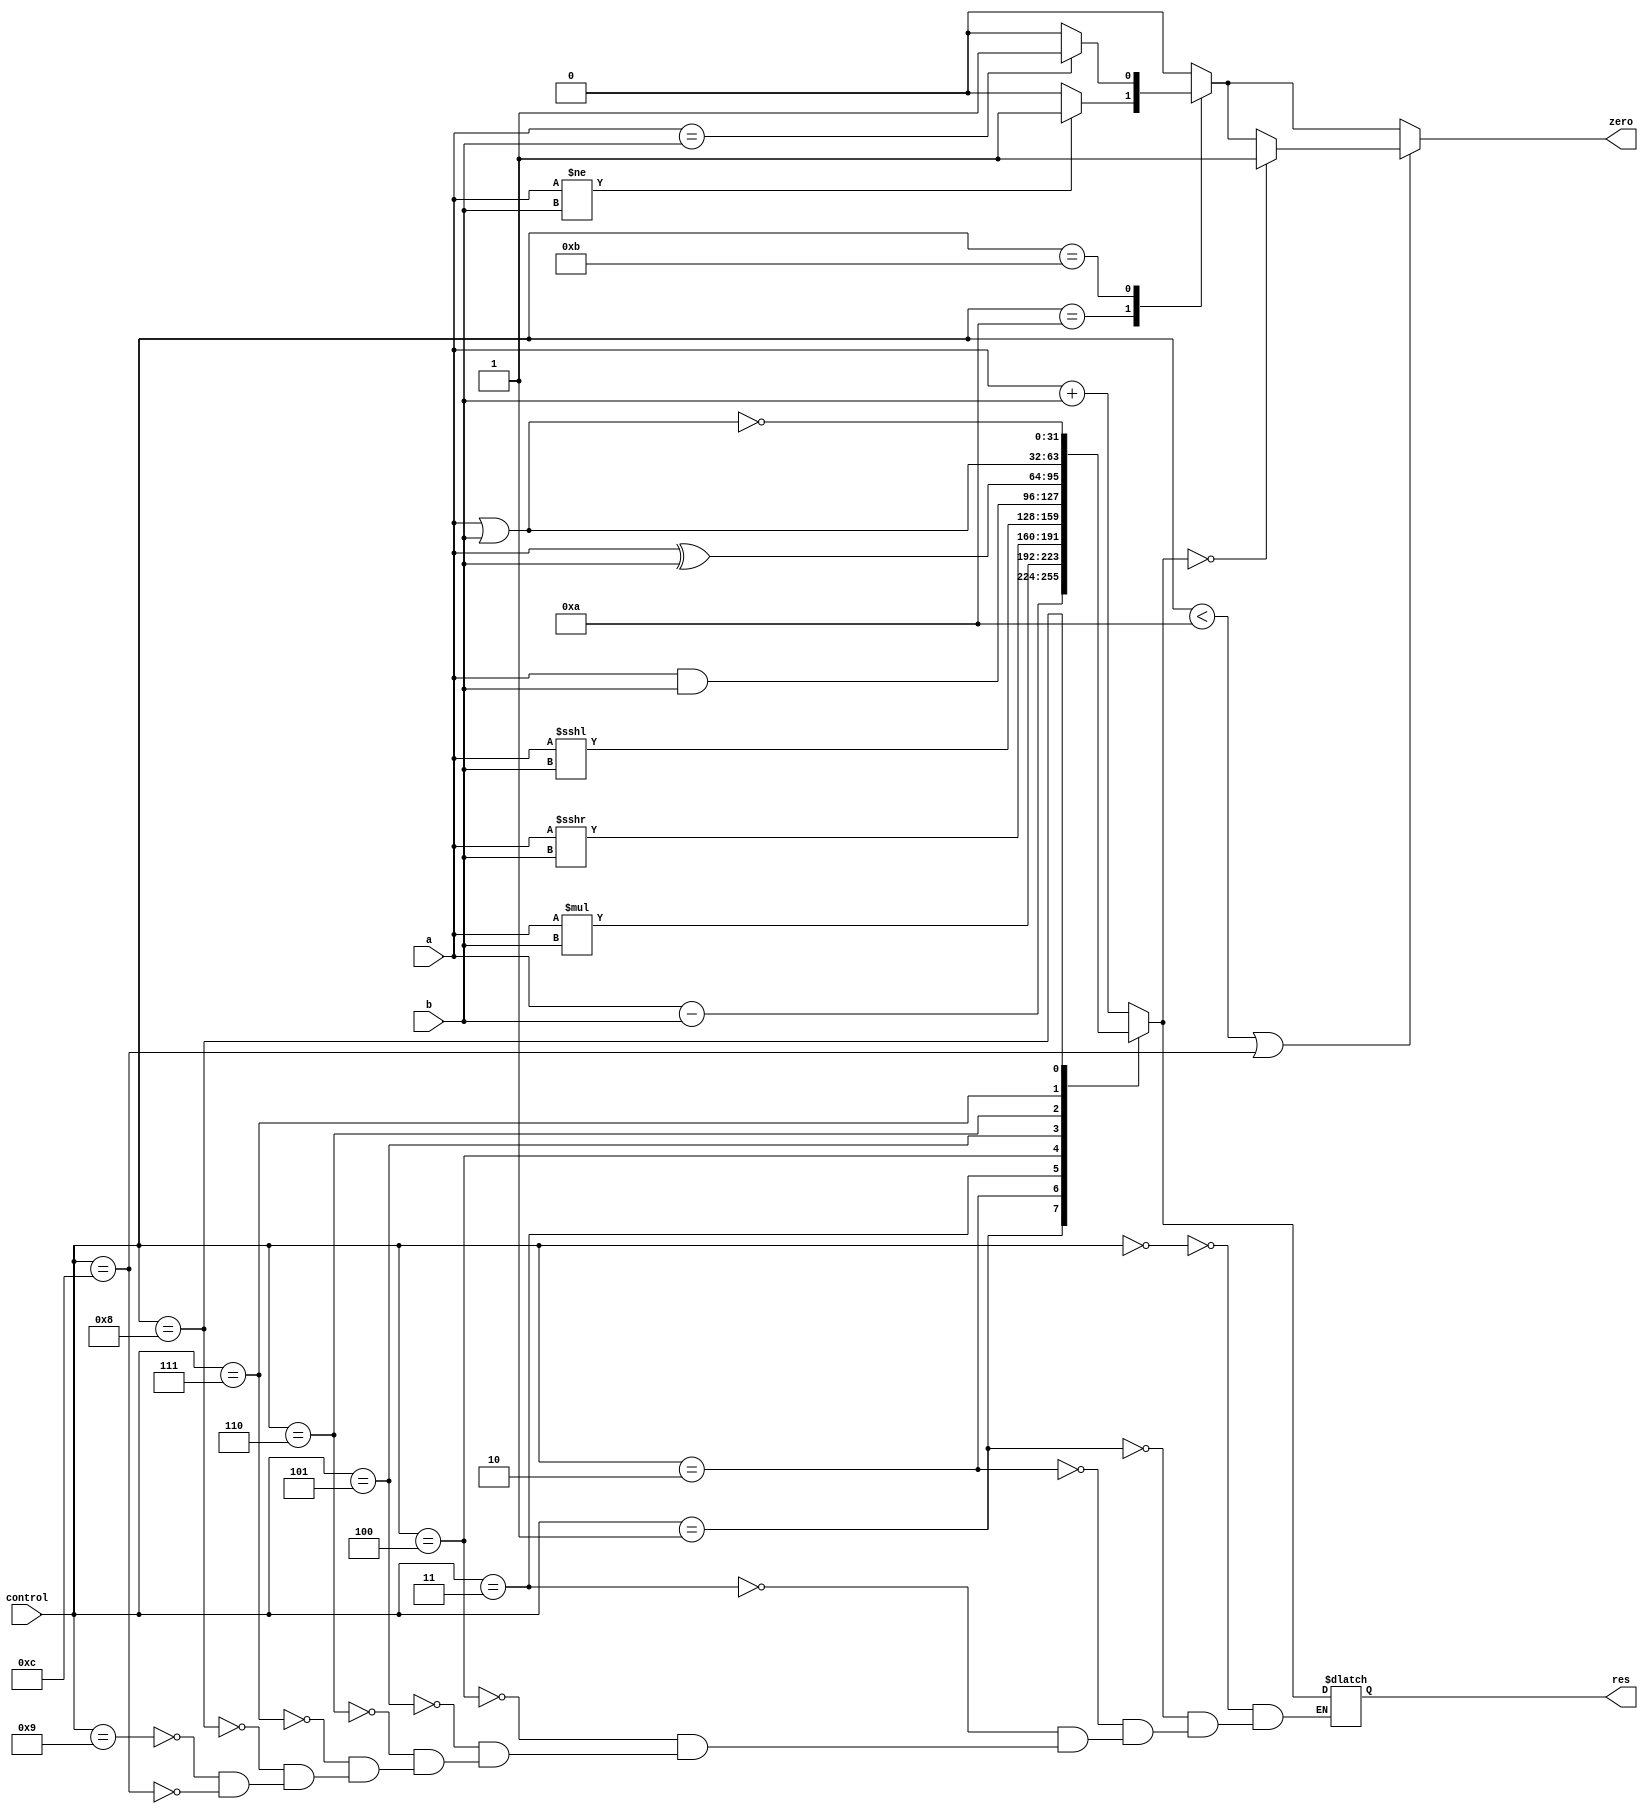
`timescale 1ns / 1ps
//////////////////////////////////////////////////////////////////////////////////
// Company: 
// Engineer: 
// 
// Design Name: 
// Module Name:    ALU 
// Project Name: 
// Target Devices: 
// Tool versions: 
// Description: 
//
// Dependencies: 
//
// Revision: 
// Revision 0.01 - File Created
// Additional Comments: 
//
//////////////////////////////////////////////////////////////////////////////////
module ALU(a,b,control,res,zero
    );
		input [31:0]a;
		input [31:0]b;
		input [3:0]control;
		output reg [31:0]res;
		output reg zero;
		initial begin
		zero=0;
		end
		
		always@(*)
		begin 
			zero=0;
			case(control)
				4'b0000:res=a+b;
				4'b0001:res=a-b;
				4'b0010:res=a*b;
				4'b0011:res=a>>>b;
				4'b0100:res=a<<<b;
				4'b0101:res=a&b;
				4'b0110:res=a^b;
				4'b0111:res=a|b;
				4'b1000:res=~(a | b);
				4'b1001:res=a+b;
				4'b1010:begin
					if(a!=b)
					begin
						zero=1;
					end
					else begin
						zero = 0;
					end
				end
				4'b1011:
					begin
						if(a==b)
						begin
							zero=1;
						end
						else begin
							zero=0;
						end
					end
				4'b1100:res=a+b;
			endcase
			if(control<10 || control==12)
			begin
				if(res==0)
				begin
					zero=1;
				end
			end
		end
		

endmodule